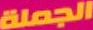
الجملة